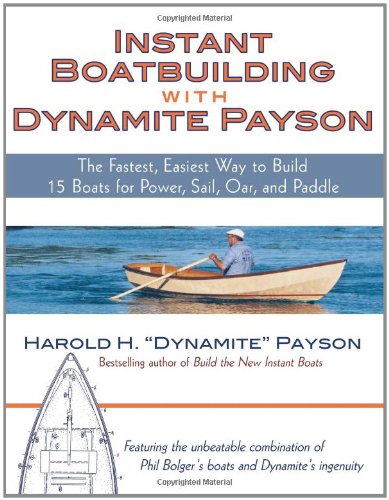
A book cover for Instant Boatbuilding with Dynamite Payson: 15 Instant Boats for Power, Sail, Oar, and Paddle; Harold Payson; Sports & Outdoors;